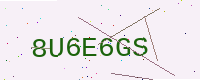
Text: 8U6E6GS